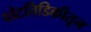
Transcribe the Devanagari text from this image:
पोटतिडिकीतून